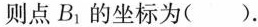
则点B_{1}的坐标为()。